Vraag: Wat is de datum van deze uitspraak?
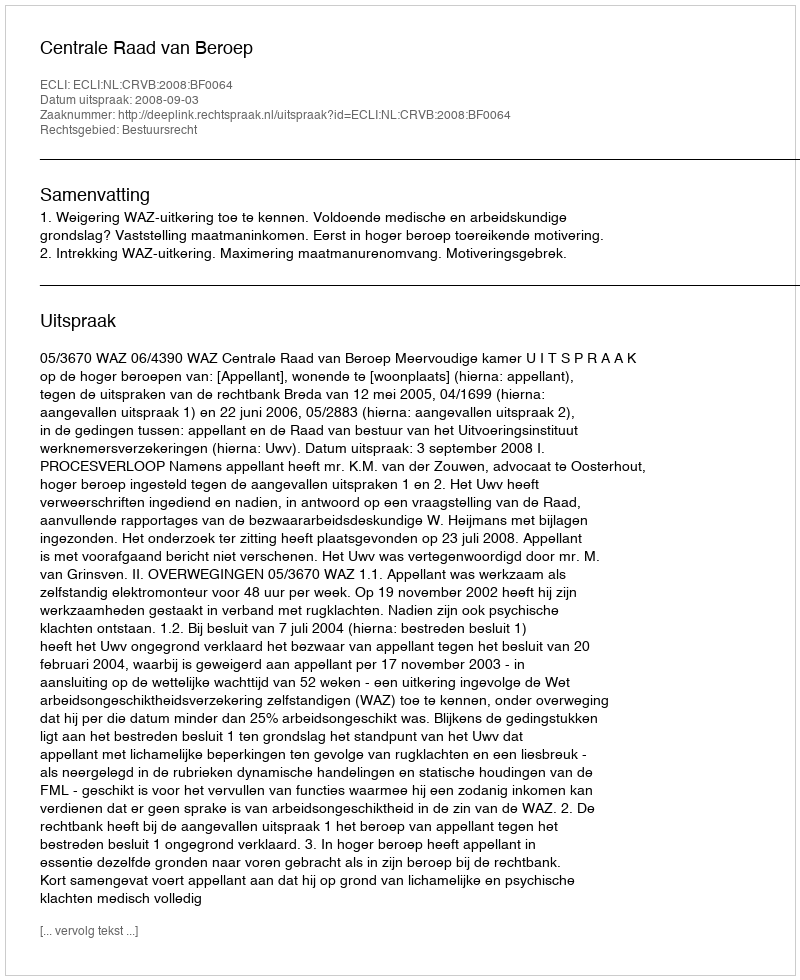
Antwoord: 2008-09-03